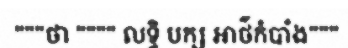
"""ថា """" លទ្ធិ បក្ស អាថ៌កំបាំង"""